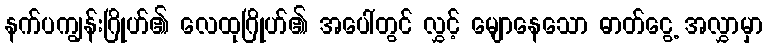
နက်ပကျွန်းဂြိုဟ်၏ လေထုဂြိုဟ်၏ အပေါ်တွင် လွှင့် မျောနေသော ဓာတ်ငွေ့ အလွှာမှာ